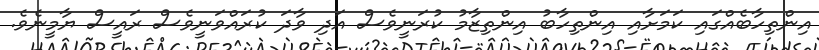
އިންތިހާބެއްގައި ކަމަށާއި އިންތިހާބު އިންތިޒާމު ކުރަނީވެސް އަދި ވާދަ ކުރައްވަނީވެސް ރައީސް ޔާމީނެވެ.